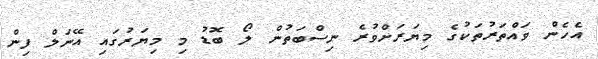
އެހެން ވައްތަރުތަކުގެ މިޔަރަށްވުރެ ނިސްބަތުން ލޯ ބޮޑު މި މިޔަރުގައި އޭނަލް ފިން